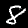
Digit: 8